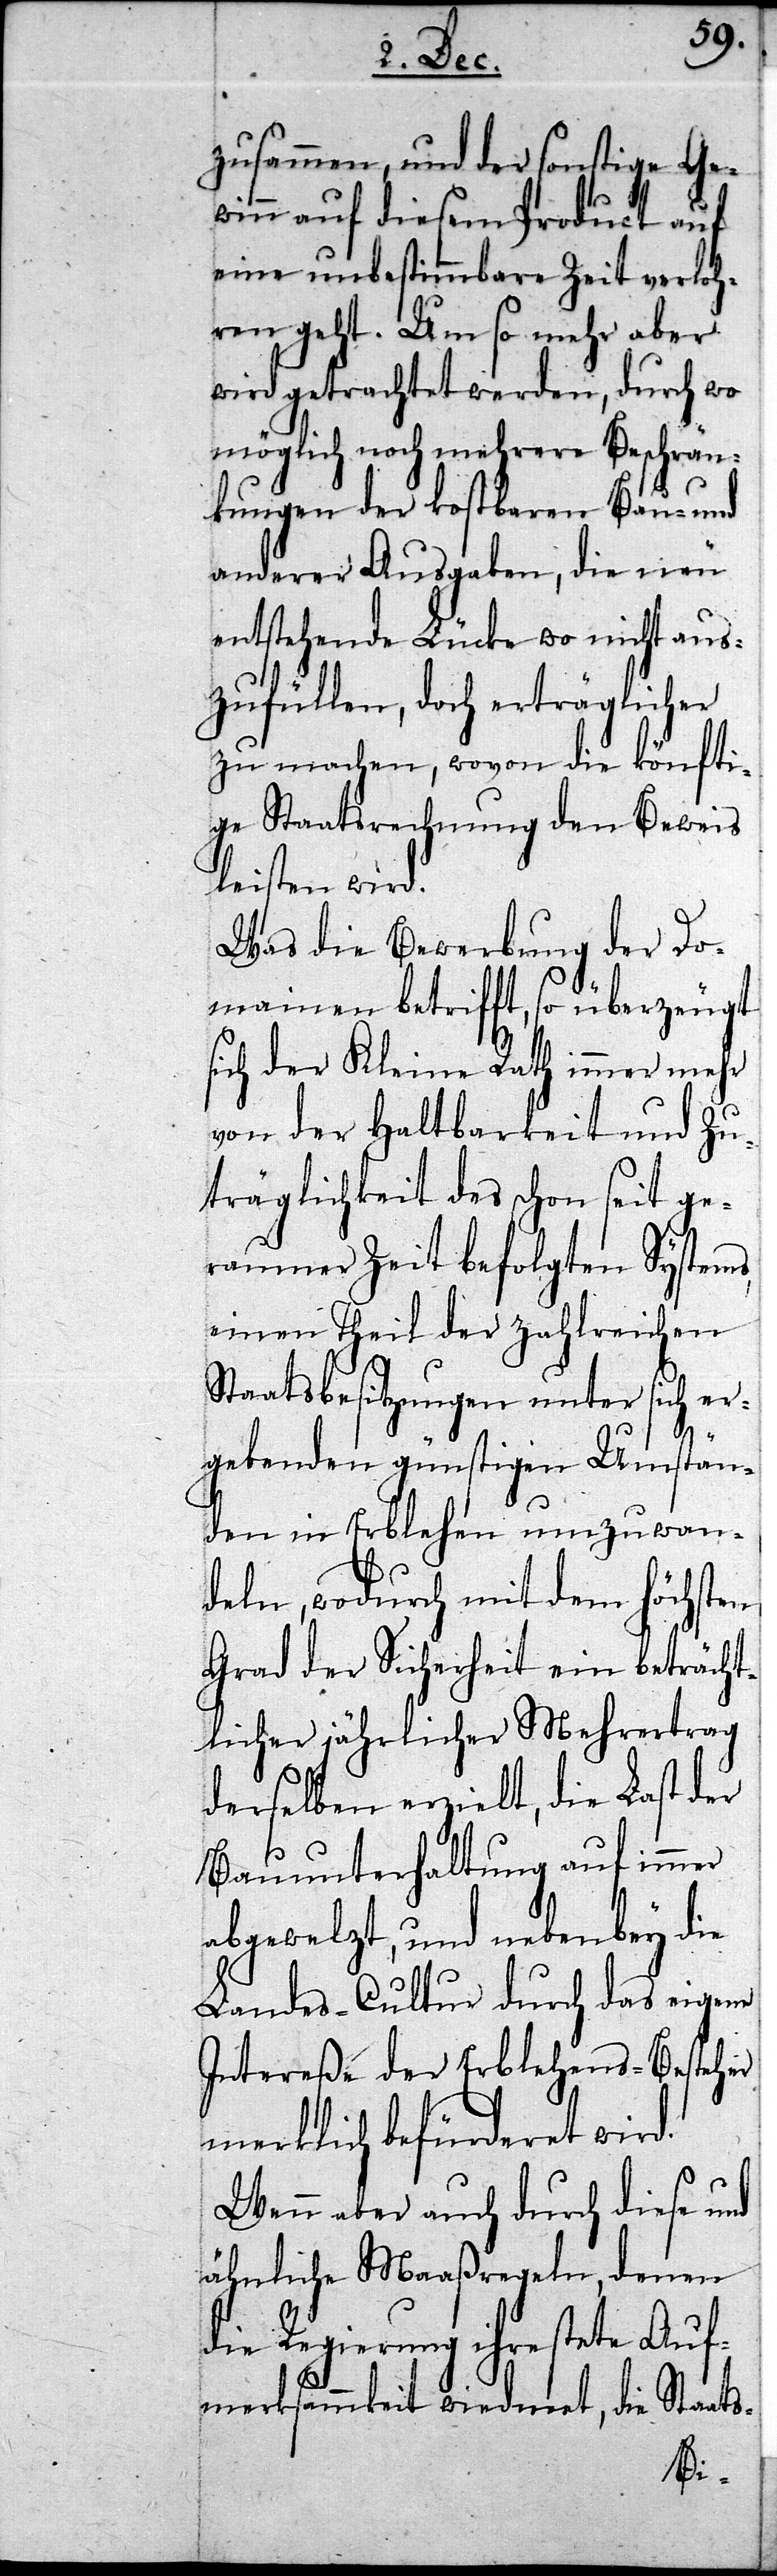
zusammen, und der sonstige Ge¬
winn auf diesem Product auf
eine unbestimmbare Zeit verloh¬
ren geht. Um so mehr aber
wird getrachtet werden, durch wo
möglich noch mehrere Beschrän¬
kungen der kostbaren Bau- und
anderer Ausgaben, die neu
entstehende Lücke wo nicht aus¬
zufüllen, doch erträglicher
zu machen, wovon die könfti¬
ge Staatsrechnung den Beweis
leisten wird.
Was die Bewerkung der Do¬
mainen betrifft, so überzeugt
sich der Kleine Rath immer mehr
von der Haltbarkeit und Zu¬
träglichkeit des schon seit ge¬
raumer Zeit befolgten Systems,
einen Theil der zahlreichen
Staatsbesitzungen unter sich er¬
gebenden günstigen Umstän¬
den in Erblehen umzuwan¬
deln, wodurch mit dem höchsten
Grad der Sicherheit ein beträcht¬
licher jährlicher Mehrertrag
derselben erzielt, die Last der
Bauunterhaltung auf immer
abgewelzt, und nebenbey die
Landes-Cultur durch das eigene
Intereße der Erblehens-Besteher
merklich befürderet wird.
Wenn aber auch durch diese und
ähnliche Maaßregeln, denen
die Regierung ihre stete Auf¬
merksamkeit wiedmet, die Staats-